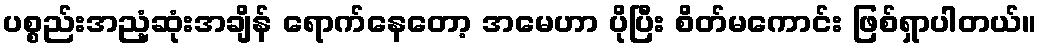
ပစ္စည်းအညံ့ဆုံးအချိန် ရောက်နေတော့ အမေဟာ ပိုပြီး စိတ်မကောင်း ဖြစ်ရှာပါတယ်။